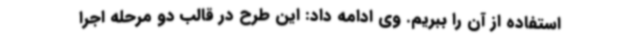
استفاده از آن را ببریم. وی ادامه داد: این طرح در قالب دو مرحله اجرا